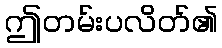
ဤတမ်းပလိတ်၏